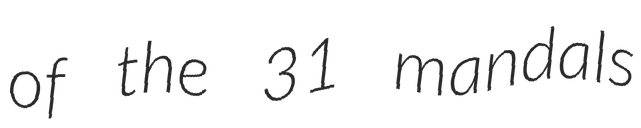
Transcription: of the 31 mandals